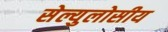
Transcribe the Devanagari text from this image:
सेल्युलोसीय